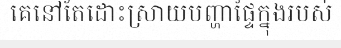
គេនៅតែដោះស្រាយបញ្ហាផ្ទៃក្នុងរបស់